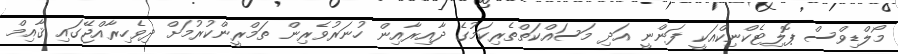
މޯލްޑިވްސް ޕޮލިޓެކްނިކްއަކީ ފަންނީ އަދި މަސައްކަތްތެރިކަމުގެ ދާއިރާއިން ހުނަރުވެރިން ތަމްރީންކުރުމަށް ދިވެހިރާއްޖޭގައި ޤާއިމް